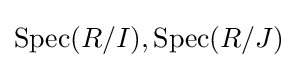
\operatorname {Spec} (R/I),\operatorname {Spec} (R/J)